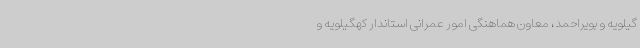
گیلویه و بویراحمد، معاون هماهنگی امور عمرانی استاندار کهگیلویه و